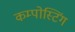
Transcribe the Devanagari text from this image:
कम्पोस्टिंग